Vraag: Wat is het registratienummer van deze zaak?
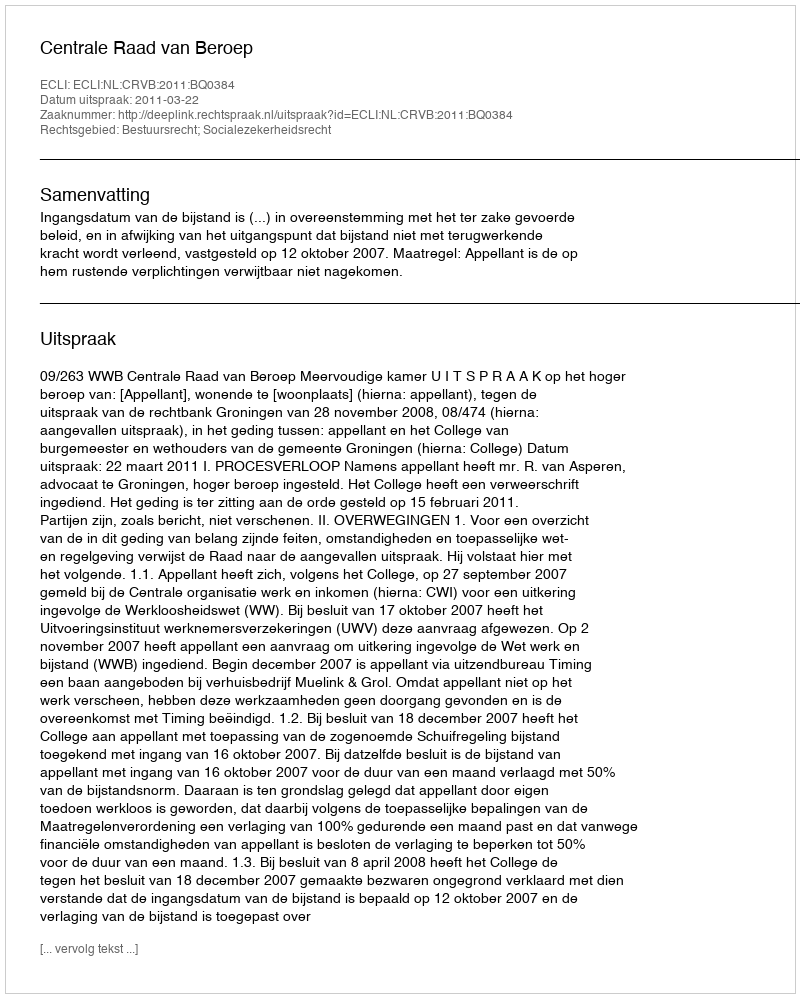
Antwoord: http://deeplink.rechtspraak.nl/uitspraak?id=ECLI:NL:CRVB:2011:BQ0384